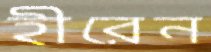
হীরেন